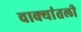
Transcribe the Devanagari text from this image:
वाक्यांतली